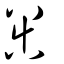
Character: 嘂